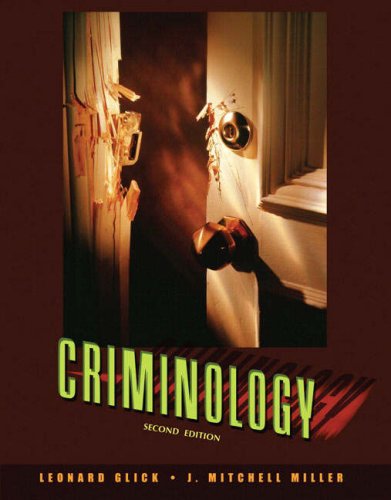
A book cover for Criminology (2nd Edition); Leonard Glick; Law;